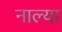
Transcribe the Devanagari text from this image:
नाल्या